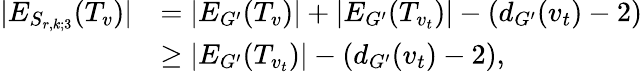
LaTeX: \begin{array}{rl}{\lvert E_{S_{r,k;3}}(T_{v})\rvert}&{=\lvert E_{G^{\prime}}(T_{v})\rvert+\lvert E_{G^{\prime}}(T_{v_{t}})\rvert-(d_{G^{\prime}}(v_{t})-2)}\\ &{\geq\lvert E_{G^{\prime}}(T_{v_{t}})\rvert-(d_{G^{\prime}}(v_{t})-2),}\end{array}